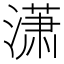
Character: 潇